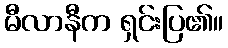
မီလာနီက ရှင်းပြ၏။